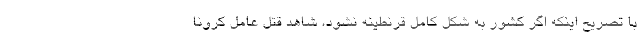
با تصریح اینکه اگر کشور به شکل کامل قرنطینه نشود، شاهد قتل عامل کرونا